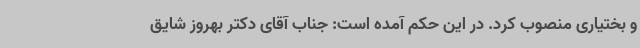
و بختیاری منصوب کرد. در این حکم آمده است: جناب آقای دکتر بهروز شایق